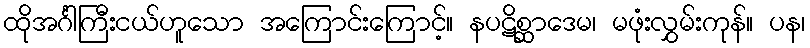
ထိုအင်္ဂါကြီးငယ်ဟူသော အကြောင်းကြောင့်။ နပဋိစ္ဆာဒေမ၊ မဖုံးလွှမ်းကုန်။ ပန၊